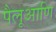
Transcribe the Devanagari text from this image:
पैलूआणि